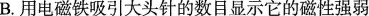
B.用电磁铁吸引大头针的数目显示它的磁性强弱